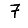
Digit: 7